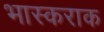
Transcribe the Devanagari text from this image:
भास्कराक